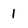
Character: 1